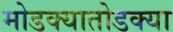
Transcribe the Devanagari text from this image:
मोडक्यातोडक्या